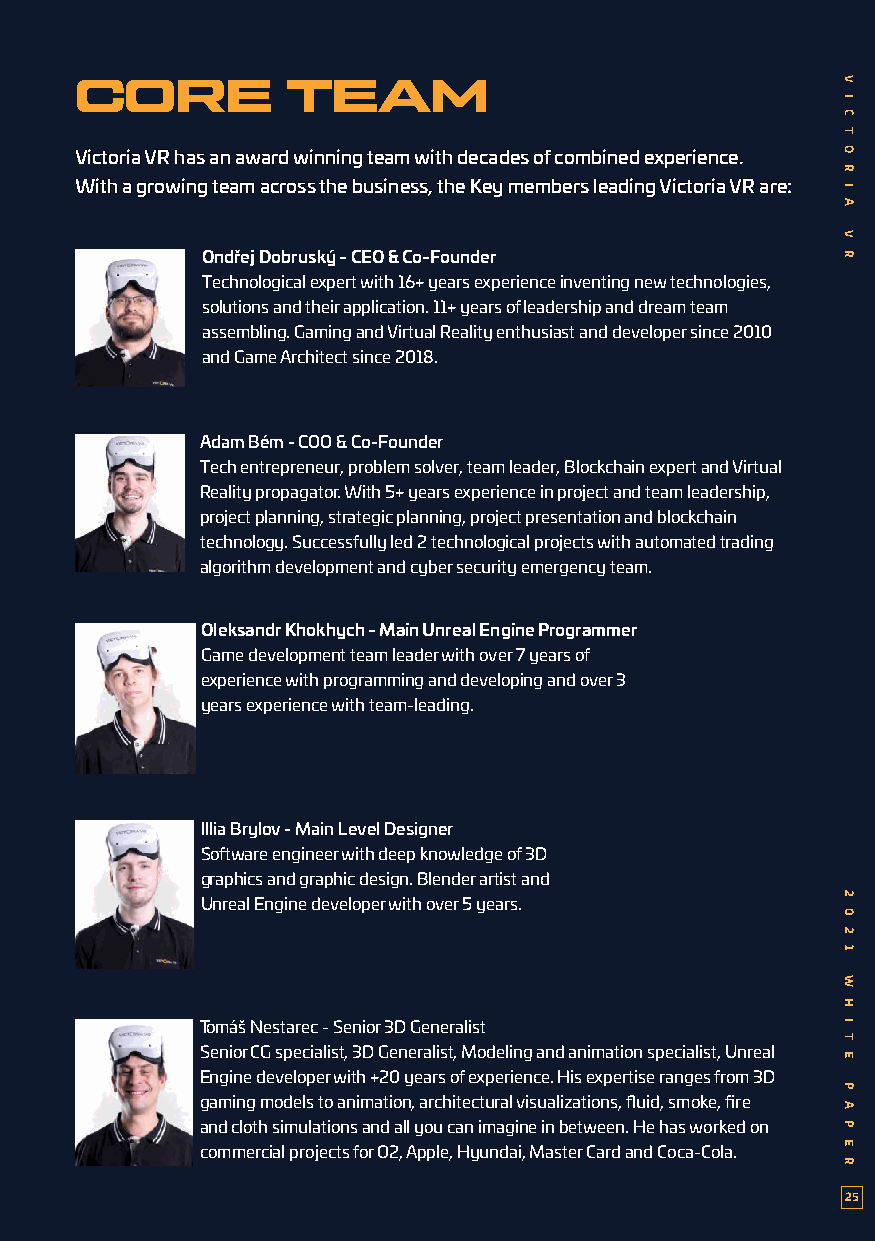
CORE          TEAM
 VViiccttoorriiaa VVRR hhaass aann aawwaarrdd wwiinnnniinngg tteeaamm wwiitthh ddeeccaaddeess ooff ccoommbbiinneedd eexxppeerriieennccee..
 WWiitthh aa ggrroowwiinngg tteeaamm aaccrroossss tthhee bbuussiinneessss,, tthhee KKeeyy mmeemmbbeerrss lleeaaddiinngg VViiccttoorriiaa VVRR aarree::
 Ondřej Dobruský - CEO & Co-Founder
 Technological expert with 16+ years experience inventing new technologies,
 solutions and their application. 11+ years of leadership and dream team
 assembling. Gaming and Virtual Reality enthusiast and developer since 2010
 and Game Architect since 2018.
 Adam Bém - COO & Co-Founder
 Tech entrepreneur, problem solver, team leader, Blockchain expert and Virtual
 Reality propagator. With 5+ years experience in project and team leadership,
 project planning, strategic planning, project presentation and blockchain
 technology. Successfully led 2 technological projects with automated trading
 algorithm development and cyber security emergency team.
 Oleksandr Khokhych - Main Unreal Engine Programmer
 Game development team leader with over 7 years of
 experience with programming and developing and over 3
 years experience with team-leading.
 Illia Brylov - Main Level Designer
 Software engineer with deep knowledge of 3D
 graphics and graphic design. Blender artist and
 Unreal Engine developer with over 5 years.
 Tomáš Nestarec - Senior 3D Generalist
 Senior CG specialist, 3D Generalist, Modeling and animation specialist, Unreal
 Engine developer with +20 years of experience. His expertise ranges from 3D
 gaming models to animation, architectural visualizations, fluid, smoke, fire
 and cloth simulations and all you can imagine in between. He has worked on
 commercial projects for O2, Apple, Hyundai, Master Card and Coca-Cola.
 25
 V
 I
 C
 T
 O
 R
 I
 A
 V
 R
 2
 0
 2
 1
 W
 H
 I
 T
 E
 P
 A
 P
 E
 R